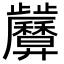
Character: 𢍷